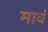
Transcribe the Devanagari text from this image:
मावं